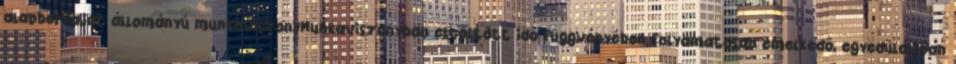
alapbérSaját állományú munkaviszonyMunkaviszonyban eltöltött idő függvényében folyamatosan emelkedő, egyedülállóan